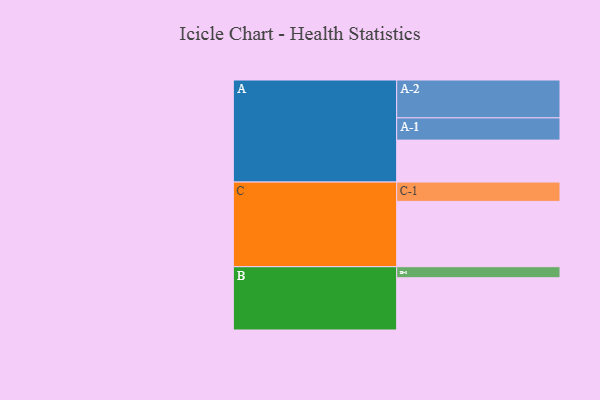
{"axis": {"x": "Segment", "y": "Value"}, "legend": ["", "A", "B", "C"], "data": [{"x": "A", "y": 330, "type": ""}, {"x": "B", "y": 411, "type": ""}, {"x": "C", "y": 514, "type": ""}, {"x": "A-1", "y": 175, "type": "A"}, {"x": "A-2", "y": 298, "type": "A"}, {"x": "B-1", "y": 87, "type": "B"}, {"x": "C-1", "y": 152, "type": "C"}]}